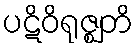
ပဋိဝိရုဇ္ဈတိ